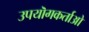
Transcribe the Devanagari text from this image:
उपयॊगकर्ताओ